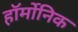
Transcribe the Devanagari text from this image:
हॉर्मोनिक